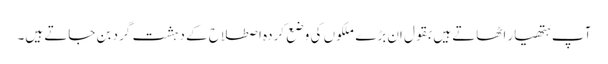
آپ ہتھیار اٹھاتے ہیں بقول اِن بڑے ملکوں کی وضع کردہ اصطلاح کے دہشت گرد بن جاتے ہیں۔